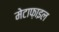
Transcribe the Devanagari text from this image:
मेटाफ़ाइल